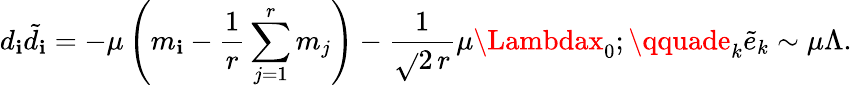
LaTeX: d_{\mathbf{i}}{\tilde{{d}}_{\mathbf{i}}}=-\mu\left(m_{\mathbf{i}}-\frac{{1}}{{r}}\sum_{j=1}^{r}m_{j}\right)-\frac{{1}}{{\sqrt{}{{2}}\, r}}\mu\Lambdax_{0};\qquade_{k}{\tilde{{e}}}_{k}\sim\mu\Lambda.